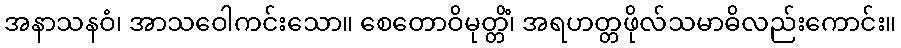
အနာသနဝံ၊ အာသဝေါကင်းသော။ စေတောဝိမုတ္တိံ၊ အရဟတ္တဖိုလ်သမာဓိလည်းကောင်း။